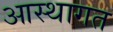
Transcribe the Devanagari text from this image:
आस्थागत